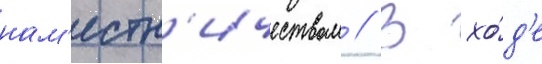
нам'естн'ичеством // В хо́д'е